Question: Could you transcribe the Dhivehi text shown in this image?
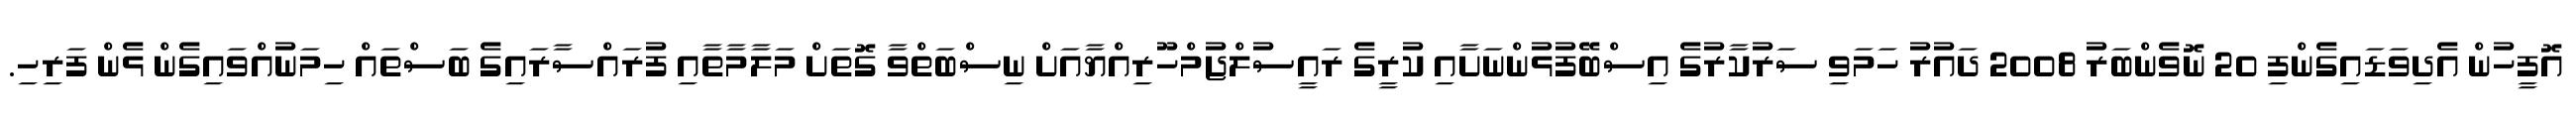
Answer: އޮފީހުން އެދިވަޑައިގެންފި 20 ނޮވެންބަރު 2008 ދައުރު ހަމަވި ސަރުކާރުގެ އިސްބޭފުޅުންނަށާއި ކުރީގެ ރައީސުލްޖުމްހޫރިއްޔާއަށް ނިސްބަތްވާ ގޮތަށް މަލާމާތާއި ފުރައްސާރައިގެ ބަސްތައް ހިމަނުއްވައިގެން ޅެން ފަރިހި.